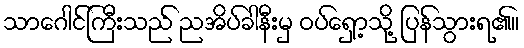
သာဂေါင်ကြီးသည် ညအိပ်ခါနီးမှ ဝပ်ရှော့သို့ ပြန်သွားရ၏။